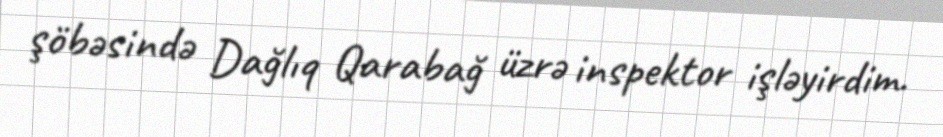
şöbəsində Dağlıq Qarabağ üzrə inspektor işləyirdim.